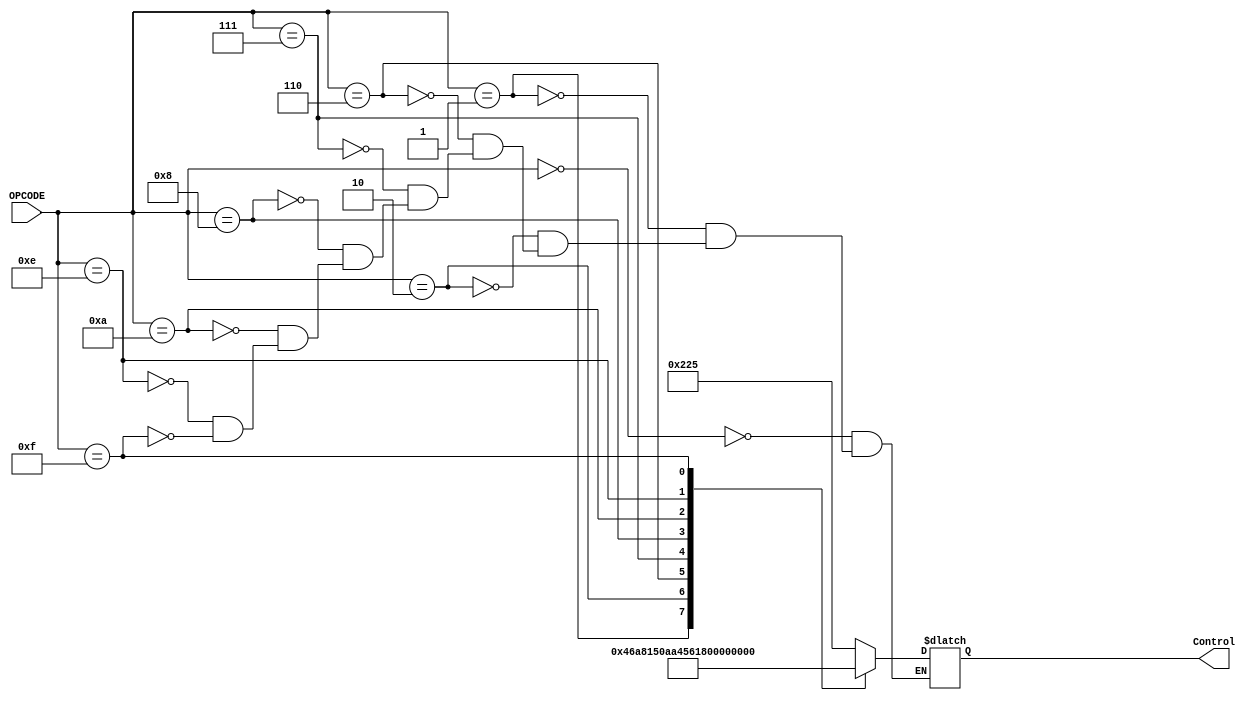
`timescale 1ns / 1ps
//////////////////////////////////////////////////////////////////////////////////
// Module Name: ControlUnit4bit
// Purpose: ECE425L Exp4
//          4bit control unit for single cycle 16bit processor

//          Control bits:
//          0: RegDst
//          1: Branch
//          2: MemRead
//          3: MemtoReg
//          4,5,6: ALUop
//          7: MemWrite
//          8: AluSrc
//          9: RegWrite
//          10: Jump

//          {RegWrite,AluSrc,MemWrite,ALUop[3b],MemtoReg,MemRead,Branch,RegDst}[10b]
//          NOTE: Can have up to 16 OPCODES or instructions
//          NOTE: Control signals that can be X(dont care) signals are placed to 1
//////////////////////////////////////////////////////////////////////////////////

//                    (4bit  , 11bit)
module ControlUnit4bit(OPCODE, Control);
    input [3:0] OPCODE;
    output reg [10:0] Control;
    always @(*)
    case(OPCODE)
        //         Control = {Jump,RegWrite,AluSrc,MemWrite,ALUop[3b],MemtoReg,MemRead,Branch,RegDst}[11b]
        // AND
        0 :  Control = 11'b010_0010_0101;
        // OR
        1 :  Control = 11'b010_0011_0101;
        // ADD 2's comp.
        2 :  Control = 11'b010_0000_0101;
        // SUB 2's comp.
        6 :  Control = 11'b010_0001_0101;
        // SLT
        7 :  Control = 11'b010_0100_0101;
        // LW
        8 :  Control = 11'b011_0000_1100;
        // SW       
        10 :  Control = 11'b001_1000_1100;
        // BNE
        14 :  Control = 11'b000_0101_1110;
        // JMP
        15 :  Control = 11'b101_0001_1111;
            //default : $display  ("Need to complete");
      endcase
endmodule